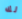
لك